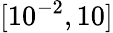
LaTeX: [10^{-2},10]